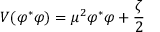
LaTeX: V ( \varphi ^ { \ast } \varphi ) = \mu ^ { 2 } \varphi ^ { \ast } \varphi + \frac { \zeta } { 2 }